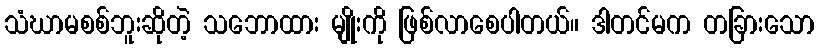
သံဃာမစစ်ဘူးဆိုတဲ့ သဘောထား မျိုးကို ဖြစ်လာစေပါတယ်။ ဒါတင်မက တခြားသော